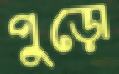
পুড়ো